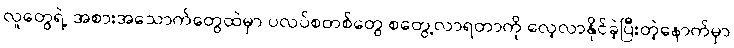
လူတွေရဲ့ အစားအသောက်တွေထဲမှာ ပလပ်စတစ်တွေ စတွေ့လာရတာကို လေ့လာနိုင်ခဲ့ပြီးတဲ့နောက်မှာ